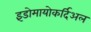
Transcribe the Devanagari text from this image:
इंडोमायोकर्दिअल